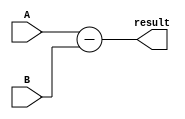
module ripple_carry_subtractor (
    input wire [3:0] A,
    input wire [3:0] B,
    output wire [3:0] result
);

wire [3:0] diff;
wire borrow;

assign diff = A - B;
assign borrow[0] = A[0] ^ B[0];

assign borrow[1] = (borrow[0] & A[1]) | (borrow[0] & (B[1] ^ diff[1]));
assign borrow[2] = (borrow[1] & A[2]) | (borrow[1] & (B[2] ^ diff[2]));
assign borrow[3] = (borrow[2] & A[3]) | (borrow[2] & (B[3] ^ diff[3]));

assign result = diff;

endmodule